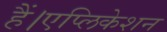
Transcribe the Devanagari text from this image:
हैं।एप्लिकेशन